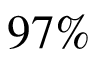
9 7 \%